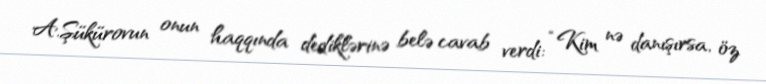
A.Şükürovun onun haqqında dediklərinə belə cavab verdi: “Kim nə danışırsa, öz